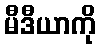
မီဒီယာကို